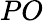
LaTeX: PO